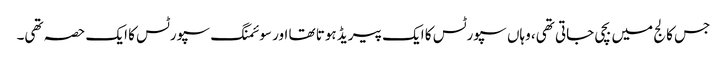
جس کالج میں بچی جاتی تھی، وہاں سپورٹس کا ایک پیریڈ ہوتا تھا اور سوئمنگ سپورٹس کا ایک حصہ تھی۔